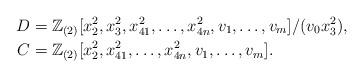
LaTeX: \begin{align*}D&=\mathbb{Z}_{(2)}[ x_2^2, x_3^2, x_{41}^2, \dots, x_{4n}^2, v_1, \dots, v_m]/(v_0 x_3^2),\\C&=\mathbb{Z}_{(2)}[ x_2^2, x_{41}^2, \dots, x_{4n}^2, v_1, \dots, v_m].\end{align*}